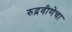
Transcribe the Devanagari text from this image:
रुद्रवीणेचा